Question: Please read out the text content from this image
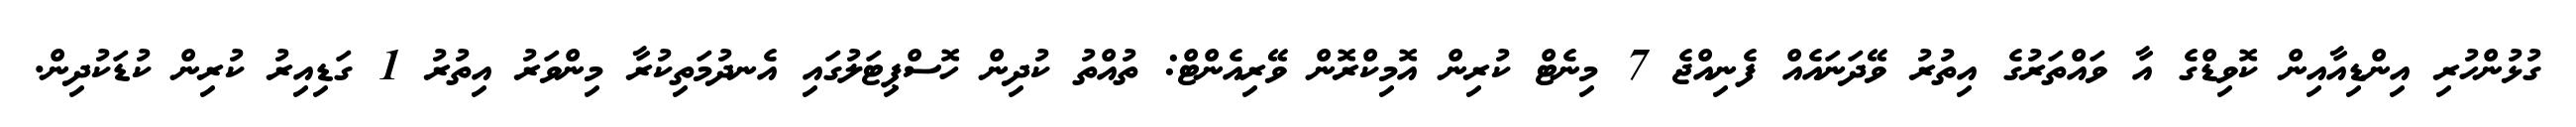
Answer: ގުޅުންހުރި އިންޑިއާއިން ކޮވިޑްގެ އާ ވައްތަރުގެ އިތުރު ވޭދަނައެއް ފެނިއްޖެ 7 މިނެޓް ކުރިން އޮމިކްރޮން ވޭރިއެންޓް: ތުއްތު ކުދިން ހޮސްޕިޓަލުގައި އެނދުމަތިކުރާ މިންވަރު އިތުރު 1 ގަޑިއިރު ކުރިން ކުޑަކުދިން.